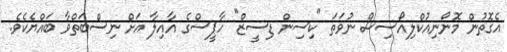
އެގޮތުން މޮނޯނިއުކްލިއޯސިސް ނުވަތަ "ކިސިން ޑިސީޒް" ހާޕީސްގެ އާއިލާ އަށް ނިސްބަތްވާ ބައްޔެކެވެ.